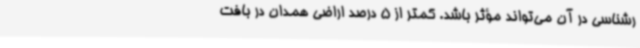
رشناسی در آن می‌تواند مؤثر باشد. کمتر از 5 درصد اراضی همدان در بافت